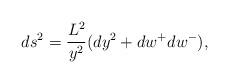
LaTeX: \begin{align*}ds^2 = \frac{L^2}{y^2}( dy^2 + dw^+dw^- ),\end{align*}